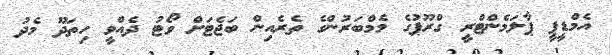
އެމްޑީޕީ ޕާލަމެންޓްރީ ގްރޫޕުގެ މެމްބަރުންގެ ތެރެއިން ބަޖެޓަށް ވޯޓު ދެއްވީ ހިތަދޫ މެދު